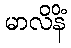
မာလိနိံ